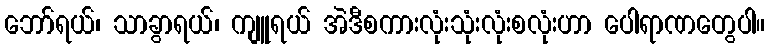
ဘော်ရယ်၊ သာခွာရယ်၊ ကျူရယ် အဲဒီစကားလုံးသုံးလုံးစလုံးဟာ ပေါရာဏတွေပါ။